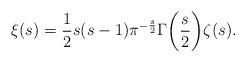
LaTeX: \begin{align*}\xi(s)=\frac{1}{2}s(s-1)\pi^{-\frac{s}{2}}\Gamma\biggl(\frac{s}{2}\biggr)\zeta(s).\end{align*}